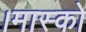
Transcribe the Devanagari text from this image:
।मास्को